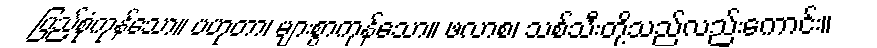
ပြည့်စုံကုန်သော။ ပဟုတာ၊ များစွာကုန်သော။ ဖလာစ၊ သစ်သီးတို့သည်လည်းကောင်း။